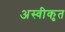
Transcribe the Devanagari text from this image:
अस्‍वीकृत